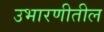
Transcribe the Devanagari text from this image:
उभारणीतील